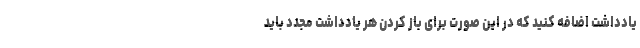
یادداشت اضافه کنید که در این صورت برای باز کردن هر یادداشت مجدد باید